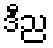
ဒီည